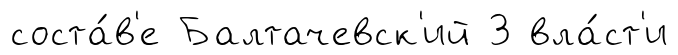
соста́в'е Балтачевск'ий З вла́ст'и